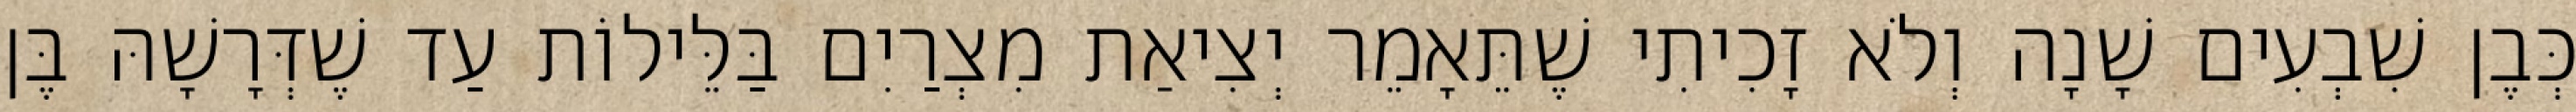
כְּבֶן שִׁבְעִים שָׁנָה וְלֹא זָכִיתִי שֶׁתֵּאָמֵר יְצִיאַת מִצְרַיִם בַּלֵּילוֹת עַד שֶׁדְּרָשָׁהּ בֶּן